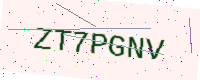
Text: ZT7PGNV